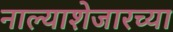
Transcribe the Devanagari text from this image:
नाल्याशेजारच्या